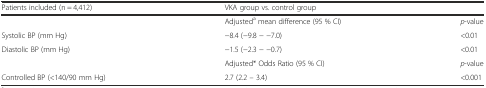
| Patients included (n = 4,412) | VKA group vs. control group |  |
 | --- | --- | --- |
 |  | Adjusteda mean difference (95 % CI) | p-value |
 | Systolic BP (mm Hg) | −8.4 (−9.8 − −7.0) | <0.01 |
 | Diastolic BP (mm Hg) | −1.5 (−2.3 − −0.7) | <0.01 |
 |  | Adjusted* Odds Ratio (95 % CI) | p-value |
 | Controlled BP (<140/90 mm Hg) | 2.7 (2.2 – 3.4) | <0.001 |